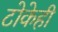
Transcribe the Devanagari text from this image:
टोकेही